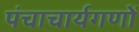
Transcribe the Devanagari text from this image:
पंचाचार्यगणों